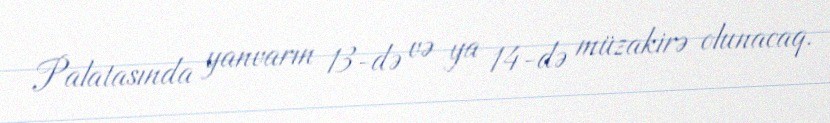
Palatasında yanvarın 13-də və ya 14-də müzakirə olunacaq.